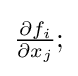
{\textstyle {\frac {\partial f_{i}}{\partial x_{j}}};}